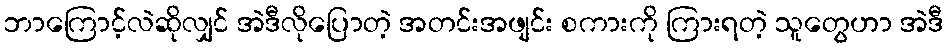
ဘာကြောင့်လဲဆိုလျှင် အဲဒီလိုပြောတဲ့ အတင်းအဖျင်း စကားကို ကြားရတဲ့ သူတွေဟာ အဲဒီ